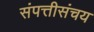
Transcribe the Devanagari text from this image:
संपत्तीसंचय